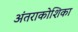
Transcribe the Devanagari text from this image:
अंतराकोशिका